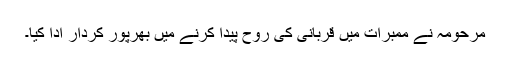
مرحومہ نے ممبرات میں قربانی کی روح پیدا کرنے میں بھرپور کردار ادا کیا۔